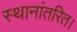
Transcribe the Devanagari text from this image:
स्थानांतरित।